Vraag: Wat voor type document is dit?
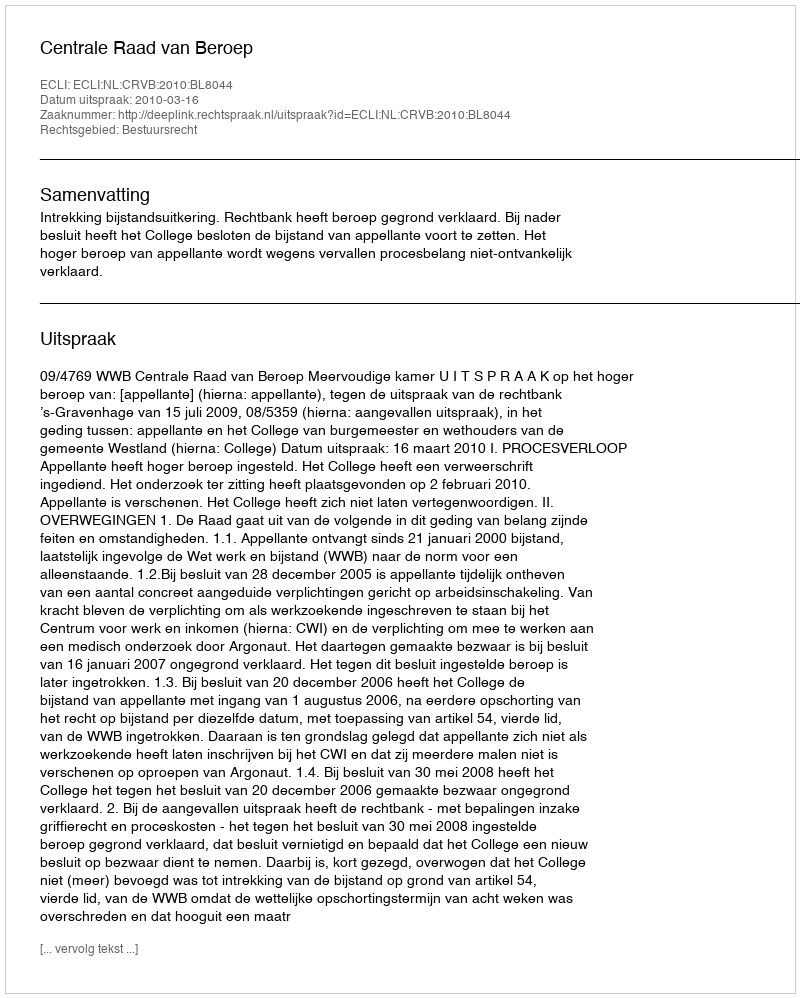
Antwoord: Uitspraak